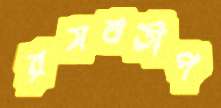
রসবতীপ